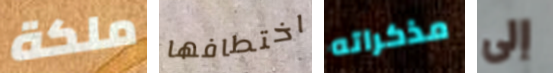
ملكة اختطافها مذكراته إلى